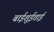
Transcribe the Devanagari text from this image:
बाईशुईताई